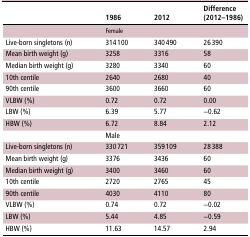
<table><thead><tr><td></td><td><b>1986</b></td><td><b>2012</b></td><td><b>Difference (2012–1986)</b></td></tr></thead><tbody><tr><td></td><td colspan="3">Female</td></tr><tr><td>Live-born singletons (n)</td><td>314 100</td><td>340 490</td><td>26 390</td></tr><tr><td>Mean birth weight (g)</td><td>3258</td><td>3316</td><td>58</td></tr><tr><td>Median birth weight (g)</td><td>3280</td><td>3340</td><td>60</td></tr><tr><td>10th centile</td><td>2640</td><td>2680</td><td>40</td></tr><tr><td>90th centile</td><td>3600</td><td>3660</td><td>60</td></tr><tr><td>VLBW (%)</td><td>0.72</td><td>0.72</td><td>0.00</td></tr><tr><td>LBW (%)</td><td>6.39</td><td>5.77</td><td>−0.62</td></tr><tr><td>HBW (%)</td><td>6.72</td><td>8.84</td><td>2.12</td></tr><tr><td></td><td colspan="3">Male</td></tr><tr><td>Live-born singletons (n)</td><td>330 721</td><td>359 109</td><td>28 388</td></tr><tr><td>Mean birth weight (g)</td><td>3376</td><td>3436</td><td>60</td></tr><tr><td>Median birth weight (g)</td><td>3400</td><td>3460</td><td>60</td></tr><tr><td>10th centile</td><td>2720</td><td>2765</td><td>45</td></tr><tr><td>90th centile</td><td>4030</td><td>4110</td><td>80</td></tr><tr><td>VLBW (%)</td><td>0.74</td><td>0.72</td><td>−0.02</td></tr><tr><td>LBW (%)</td><td>5.44</td><td>4.85</td><td>−0.59</td></tr><tr><td>HBW (%)</td><td>11.63</td><td>14.57</td><td>2.94</td></tr></tbody></table>